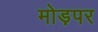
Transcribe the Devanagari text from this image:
मोड़पर